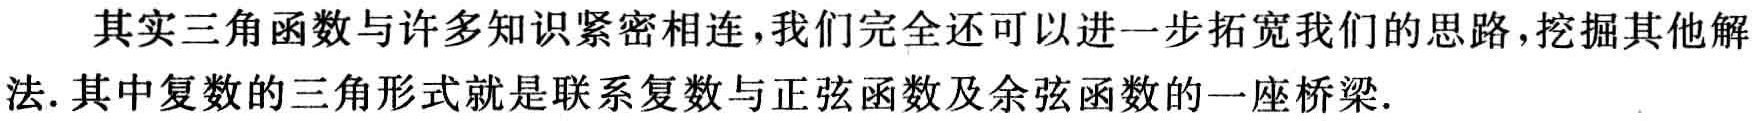
其实三角函数与许多知识紧密相连，我们完全还可以进一步拓宽我们的思路，挖掘其他解法. 其中复数的三角形式就是联系复数与正弦函数及余弦函数的一座桥梁.